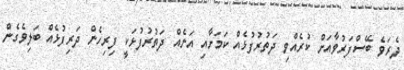
ދެރަވެ ބޭސްފަރުވާއަށް ކުރެއްވި ދަތުރުފުޅެއް ކަމަށާއި އަނެއް ދަތުރުފުޅަކީ ފިރިހެން ދަރިފުޅެއް ބަލިވެގެން